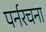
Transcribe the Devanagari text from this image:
पर्नरचना